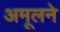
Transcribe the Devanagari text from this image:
अमूलने